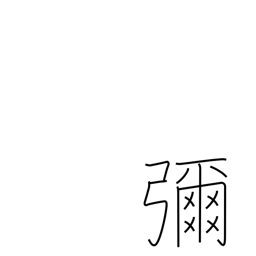
Meaning: extensive